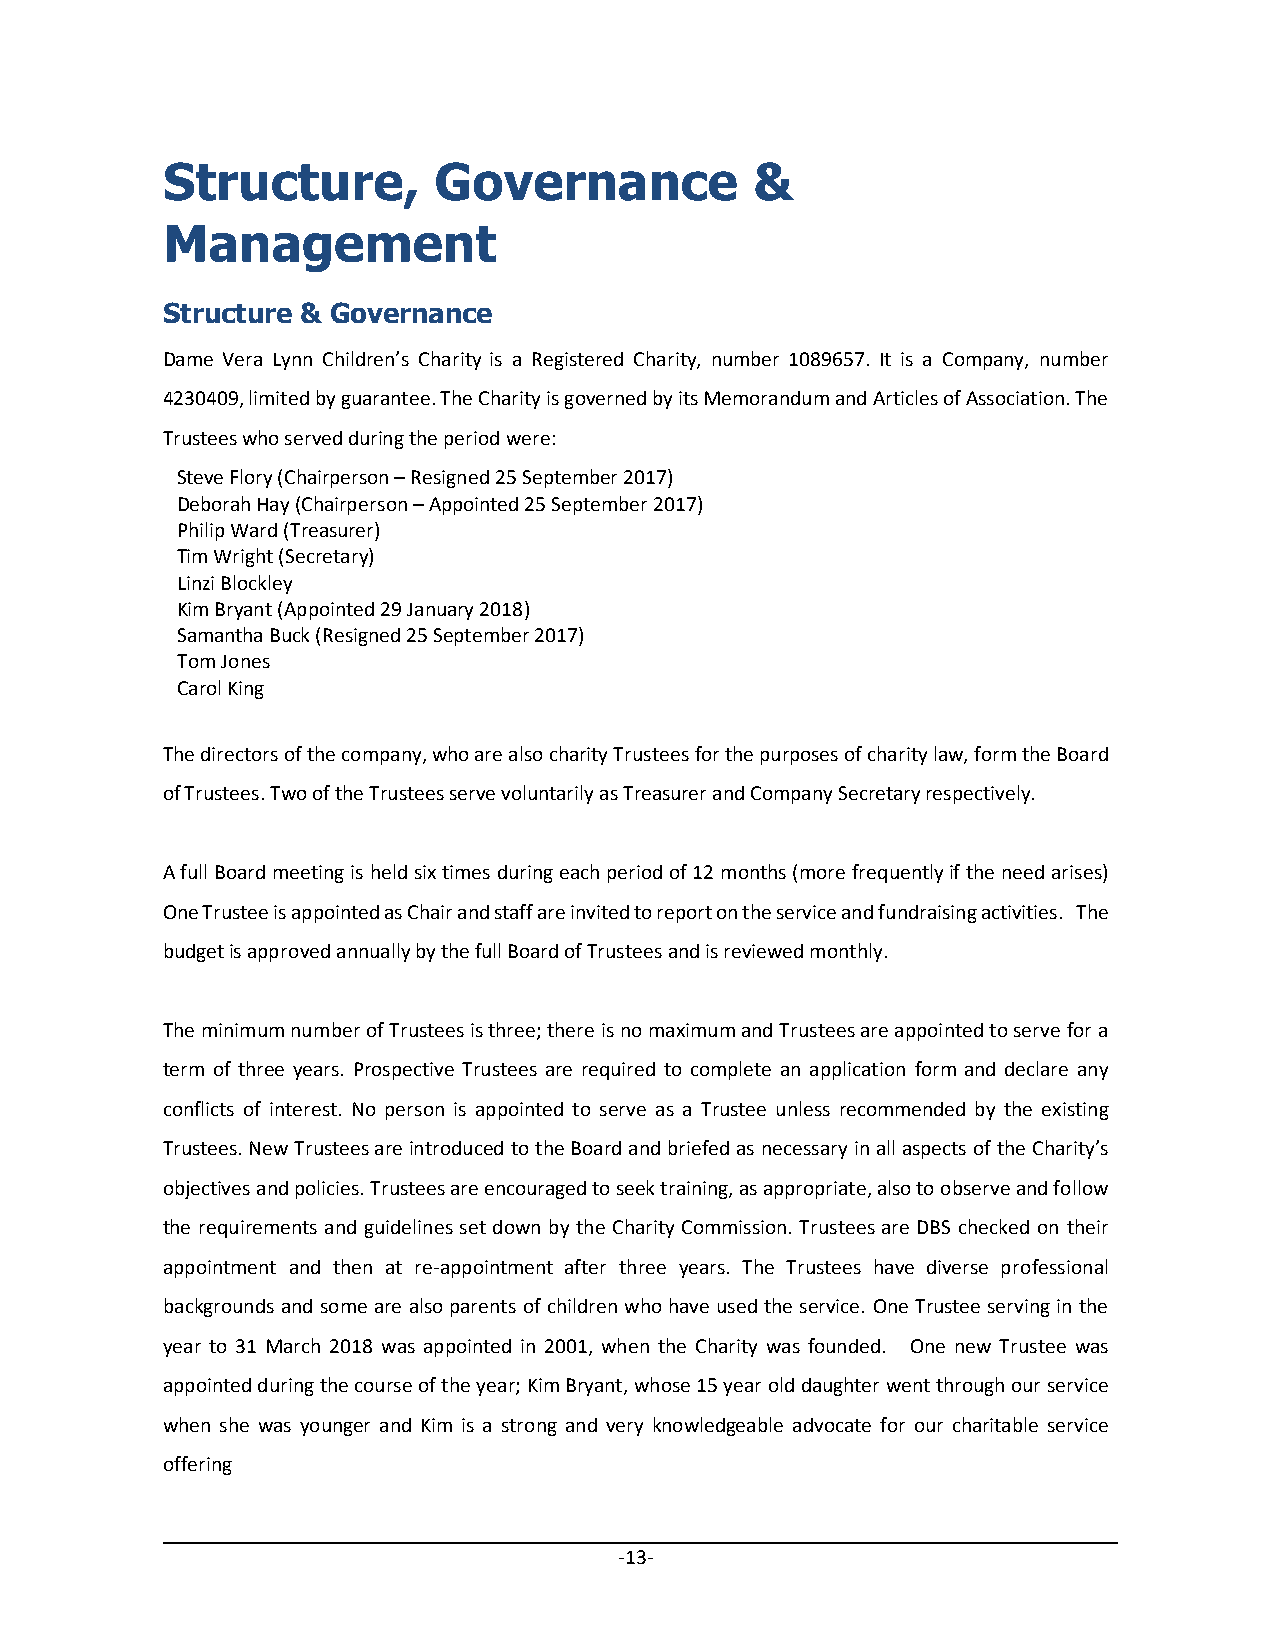
Structure,        Governance           &
 Management
 Structure & Governance
 Dame Vera Lynn Children’s Charity is a Registered Charity, number 1089657. It is a Company, number
 4230409, limited by guarantee. The Charity is governed by its Memorandum and Articles of Association. The
 Trustees who served during the period were:
 Steve Flory (Chairperson – Resigned 25 September 2017)
 Deborah Hay (Chairperson – Appointed 25 September 2017)
 Philip Ward (Treasurer)
 Tim Wright (Secretary)
 Linzi Blockley
 Kim Bryant (Appointed 29 January 2018)
 Samantha Buck (Resigned 25 September 2017)
 Tom Jones
 Carol King
 The directors of the company, who are also charity Trustees for the purposes of charity law, form the Board
 of Trustees. Two of the Trustees serve voluntarily as Treasurer and Company Secretary respectively.
 A full Board meeting is held six times during each period of 12 months (more frequently if the need arises)
 One Trustee is appointed as Chair and staff are invited to report on the service and fundraising activities. The
 budget is approved annually by the full Board of Trustees and is reviewed monthly.
 The minimum number of Trustees is three; there is no maximum and Trustees are appointed to serve for a
 term of three years. Prospective Trustees are required to complete an application form and declare any
 conflicts of interest. No person is appointed to serve as a Trustee unless recommended by the existing
 Trustees. New Trustees are introduced to the Board and briefed as necessary in all aspects of the Charity’s
 objectives and policies. Trustees are encouraged to seek training, as appropriate, also to observe and follow
 the requirements and guidelines set down by the Charity Commission. Trustees are DBS checked on their
 appointment and then at re-appointment after three years. The Trustees have diverse professional
 backgrounds and some are also parents of children who have used the service. One Trustee serving in the
 year to 31 March 2018 was appointed in 2001, when the Charity was founded. One new Trustee was
 appointed during the course of the year; Kim Bryant, whose 15 year old daughter went through our service
 when she was younger and Kim is a strong and very knowledgeable advocate for our charitable service
 offering
 -13-